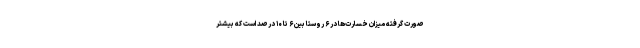
صورت گرفته میزان خسارت‌ها در ۶ روستا بین ۶ تا ۱۰ درصد است که بیشتر